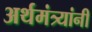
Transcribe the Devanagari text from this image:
अर्थमंत्र्यांनी